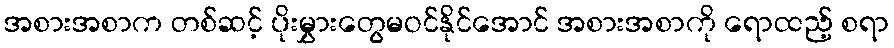
အစားအစာက တစ်ဆင့် ပိုးမွှားတွေမဝင်နိုင်အောင် အစားအစာကို ရောထည့် စရာ